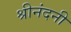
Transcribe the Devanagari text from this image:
श्रीनंदनी